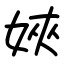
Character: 㛍